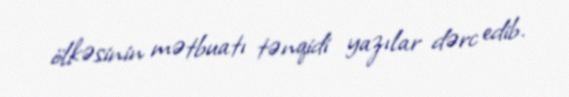
ölkəsinin mətbuatı tənqidi yazılar dərc edib.